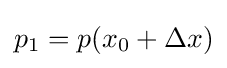
p_{1}=p(x_{0}+\Delta x)